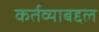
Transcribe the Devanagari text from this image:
कर्तव्याबद्दल